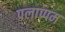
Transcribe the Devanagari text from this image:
पलाप्पम